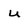
Character: u